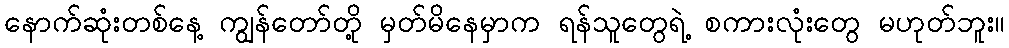
နောက်ဆုံးတစ်နေ့ ကျွန်တော်တို့ မှတ်မိနေမှာက ရန်သူတွေရဲ့ စကားလုံးတွေ မဟုတ်ဘူး။